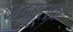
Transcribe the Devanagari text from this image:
जड़मूलक